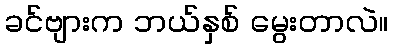
ခင်ဗျားက ဘယ်နှစ် မွေးတာလဲ။